Indian journal of veterinary science and animal husbandry - Volume 4,
Year: 1934
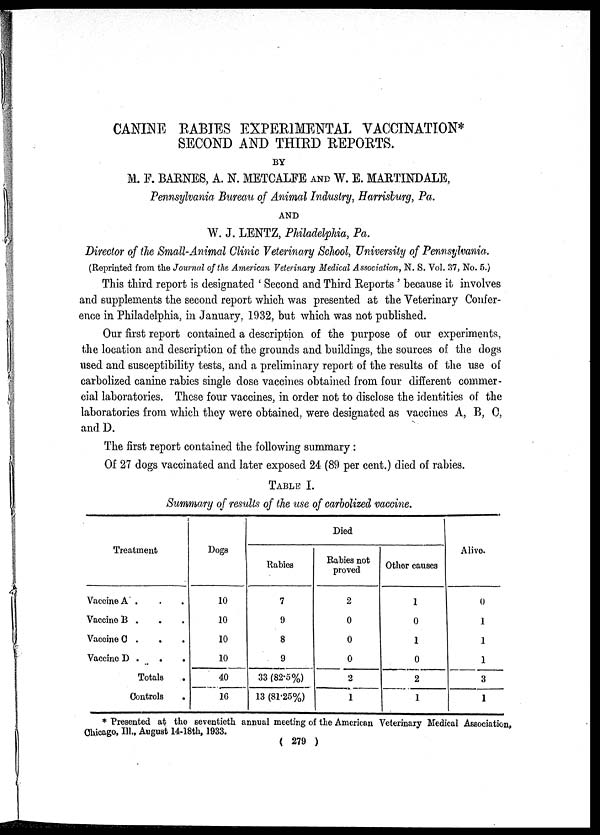
CANINE RABIES EXPERIMENTAL VACCINATION*
SECOND AND THIRD REPORTS.
BY
M. F. BARNES, A. N. METCALFE AND W. E. MARTINDALE,
Pennsylvania Bureau of Animal Industry, Harrisburg, Pa.
AND
W. J. LENTZ, Philadelphia, Pa.
Director of the Small-Animal Clinic Veterinary School, University of Pennsylvania.
(Reprinted from the Journal of the American Veterinary Medical Association, N. S. Vol. 37, No. 5.)
This third report is designated ' Second and Third Reports ' because it involves
and supplements the second report which was presented at the Veterinary Confer-
ence in Philadelphia, in January, 1932, but which was not published.
Our first report contained a description of the purpose of our experiments,
the location and description of the grounds and buildings, the sources of the dogs
used and susceptibility tests, and a preliminary report of the results of the use of
carbolized canine rabies single dose vaccines obtained from four different commer-
cial laboratories. These four vaccines, in order not to disclose the identities of the
laboratories from which they were obtained, were designated as vaccines A, B, C,
and D.
The first report contained the following summary :
Of 27 dogs vaccinated and later exposed 24 (89 per cent.) died of rabies.
TABLE I.
Summary of results of the use of carbolized vaccine.
Treatment
Vaccine A . . .
Vaccine B . . .
Vaccine C . . .
Vaccine D .
.
.
Totals .
Controls
.
Dogs
10
10
10
10
40
16
Died
Rabies
7
9
8
9
33 (82.5%)
13 (81.25%)
Rabies not
proved
2
0
0
0
2
1
Other causes
1
0
1
0
2
1
Alive.
0
1
1
1
3
1
* Presented at the seventieth annual meeting of the American Veterinary Medical Association,
Chicago, III., August 14-18th, 1933.
( 279 )